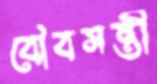
বৌবসন্তী